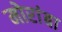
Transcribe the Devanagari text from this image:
मोरांबा